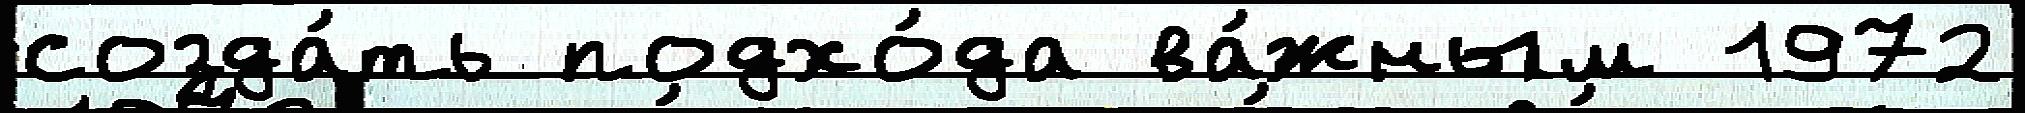
созда́ть подхо́да ва́жным 1972